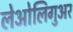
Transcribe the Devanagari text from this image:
लेओलिगुअर